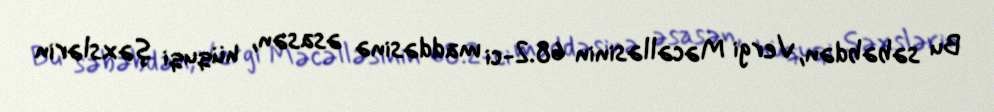
Bu səbəbdən, Vergi Məcəlləsinin 68.2-ci maddəsinə əsasən, hüquqi şəxslərin